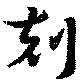
剋